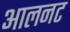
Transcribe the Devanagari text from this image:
आलनट